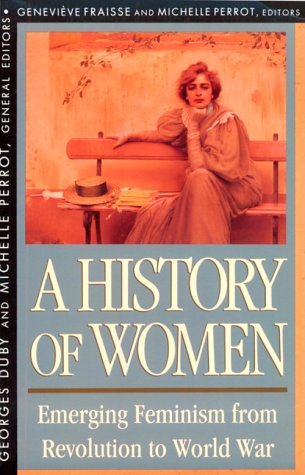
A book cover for History of Women in the West, Volume IV: Emerging Feminism from Revolution to World War; Politics & Social Sciences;